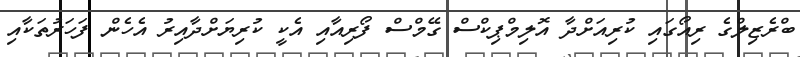
ބްރެޒިލްގެ ރިއޯގައި ކުރިއަށްދާ އޮލިމްޕިކްސް ގޭމްސް ފޯރިއާއި އެކީ ކުރިޔަށްދާއިރު އެހެން ފަހަރުތަކާއި